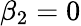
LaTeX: {\beta_{2}}=0